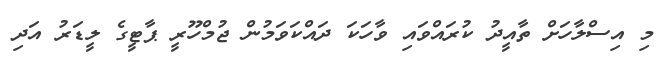
މި އިސްލާހަށް ތާއީދު ކުރައްވައި ވާހަކަ ދައްކަވަމުން ޖުމްހޫރީ ޕާޓީގެ ލީޑަރު އަދި